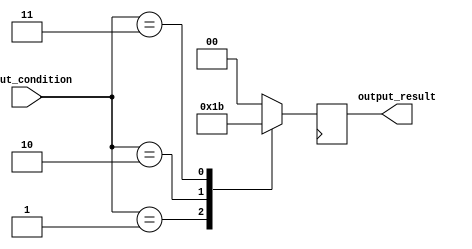
module parallel_case_statement (
    input wire [3:0] input_condition,
    output reg [1:0] output_result
);

always @ (posedge clk) begin
    case (input_condition)
        4'b0000: output_result <= 2'b00; // Case branch 1
        4'b0001: output_result <= 2'b01; // Case branch 2
        4'b0010: output_result <= 2'b10; // Case branch 3
        4'b0011: output_result <= 2'b11; // Case branch 4
        default: output_result <= 2'b00; // Default case
    endcase
end

endmodule